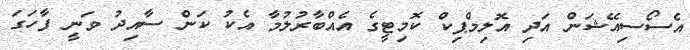
އެސޯސިއޭޝަން އަދި އޮލިމްޕިކް ކޮމިޓީގެ އެއްބާރުލުމާ އެކު ކަން ސާއިދު ވަނީ ފާހަގަ